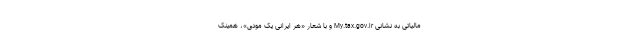
مالیاتی به نشانی My.tax.gov.ir و با شعار «هر ایرانی یک مودی»، همینک